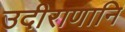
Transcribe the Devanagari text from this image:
उदीराणानि